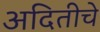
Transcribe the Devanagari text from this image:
अदितीचे